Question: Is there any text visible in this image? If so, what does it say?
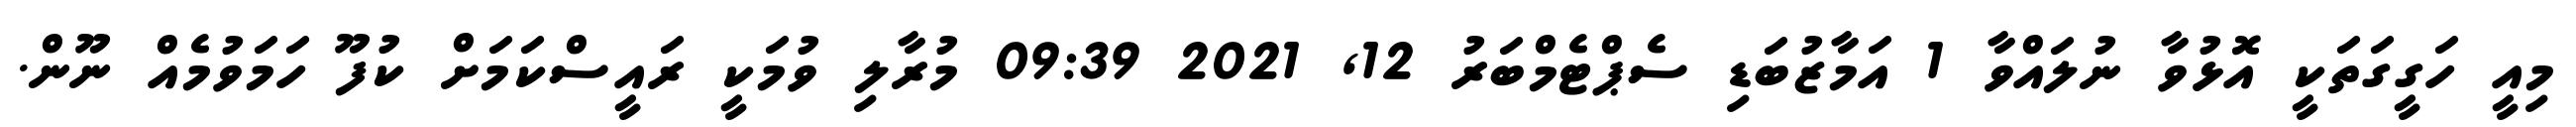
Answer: މިއީ ހަގީގަތަކީ އޮޅުވާ ނުލައްވާ 1 އަމާޒުބަޑި ސެޕްޓެމްބަރު 12, 2021 09:39 މުރާލި ވުމަކީ ރައީސްކަމަށް ކުފޫ ހަމަވުމެއް ނޫން.